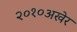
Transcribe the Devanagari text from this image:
२०१०अखेर